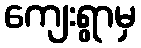
ကျေးရွာမှ